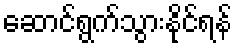
ဆောင်ရွက်သွားနိုင်ရန်